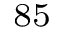
^ { 8 5 }